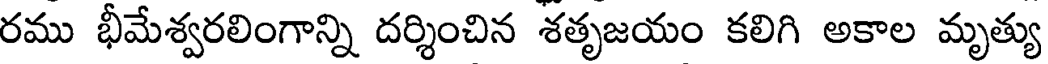
రము భీమేశ్వరలింగాన్ని దర్శించిన శతృజయం కలిగి అకాల మృత్యు